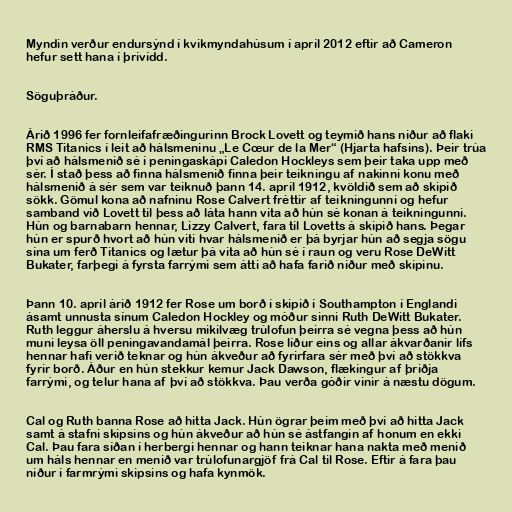
Myndin verður endursýnd í kvikmyndahúsum í apríl 2012 eftir að Cameron
hefur sett hana í þrívídd.

Söguþráður.

Árið 1996 fer fornleifafræðingurinn Brock Lovett og teymið hans niður að flaki
RMS Titanics í leit að hálsmeninu „Le Cœur de la Mer“ (Hjarta hafsins). Þeir trúa
því að hálsmenið sé í peningaskápi Caledon Hockleys sem þeir taka upp með
sér. Í stað þess að finna hálsmenið finna þeir teikningu af nakinni konu með
hálsmenið á sér sem var teiknuð þann 14. apríl 1912, kvöldið sem að skipið
sökk. Gömul kona að nafninu Rose Calvert fréttir af teikningunni og hefur
samband við Lovett til þess að láta hann vita að hún sé konan á teikningunni.
Hún og barnabarn hennar, Lizzy Calvert, fara til Lovetts á skipið hans. Þegar
hún er spurð hvort að hún viti hvar hálsmenið er þá byrjar hún að segja sögu
sína um ferð Titanics og lætur þá vita að hún sé í raun og veru Rose DeWitt
Bukater, farþegi á fyrsta farrými sem átti að hafa farið niður með skipinu.

Þann 10. apríl árið 1912 fer Rose um borð í skipið í Southampton í Englandi
ásamt unnusta sínum Caledon Hockley og móður sinni Ruth DeWitt Bukater.
Ruth leggur áherslu á hversu mikilvæg trúlofun þeirra sé vegna þess að hún
muni leysa öll peningavandamál þeirra. Rose líður eins og allar ákvarðanir lífs
hennar hafi verið teknar og hún ákveður að fyrirfara sér með því að stökkva
fyrir borð. Áður en hún stekkur kemur Jack Dawson, flækingur af þriðja
farrými, og telur hana af því að stökkva. Þau verða góðir vinir á næstu dögum.

Cal og Ruth banna Rose að hitta Jack. Hún ögrar þeim með því að hitta Jack
samt á stafni skipsins og hún ákveður að hún sé ástfangin af honum en ekki
Cal. Þau fara síðan í herbergi hennar og hann teiknar hana nakta með menið
um háls hennar en menið var trúlofunargjöf frá Cal til Rose. Eftir á fara þau
niður í farmrými skipsins og hafa kynmök.